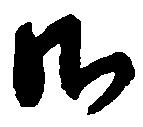
御